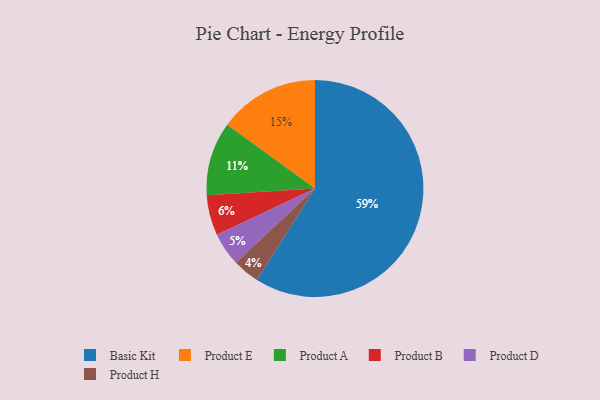
{"axis": {"x": "Category", "y": "Percentage"}, "legend": ["Basic Kit", "Product A", "Product B", "Product D", "Product E", "Product H"], "data": [{"x": "Product B", "y": 6, "type": "Product B"}, {"x": "Product H", "y": 4, "type": "Product H"}, {"x": "Basic Kit", "y": 59, "type": "Basic Kit"}, {"x": "Product D", "y": 5, "type": "Product D"}, {"x": "Product E", "y": 15, "type": "Product E"}, {"x": "Product A", "y": 11, "type": "Product A"}]}